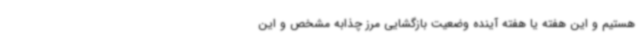
هستیم و این هفته یا هفته آینده وضعیت بازگشایی مرز چذابه مشخص و این